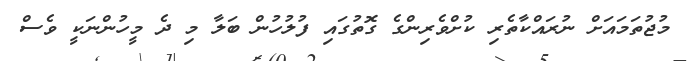
މުޖުތަމައަށް ނުރައްކާތެރި ކުށްވެރިންގެ ގޮތުގައި ފުލުހުން ބަލާ މި ދެ މީހުންނަކީ ވެސް